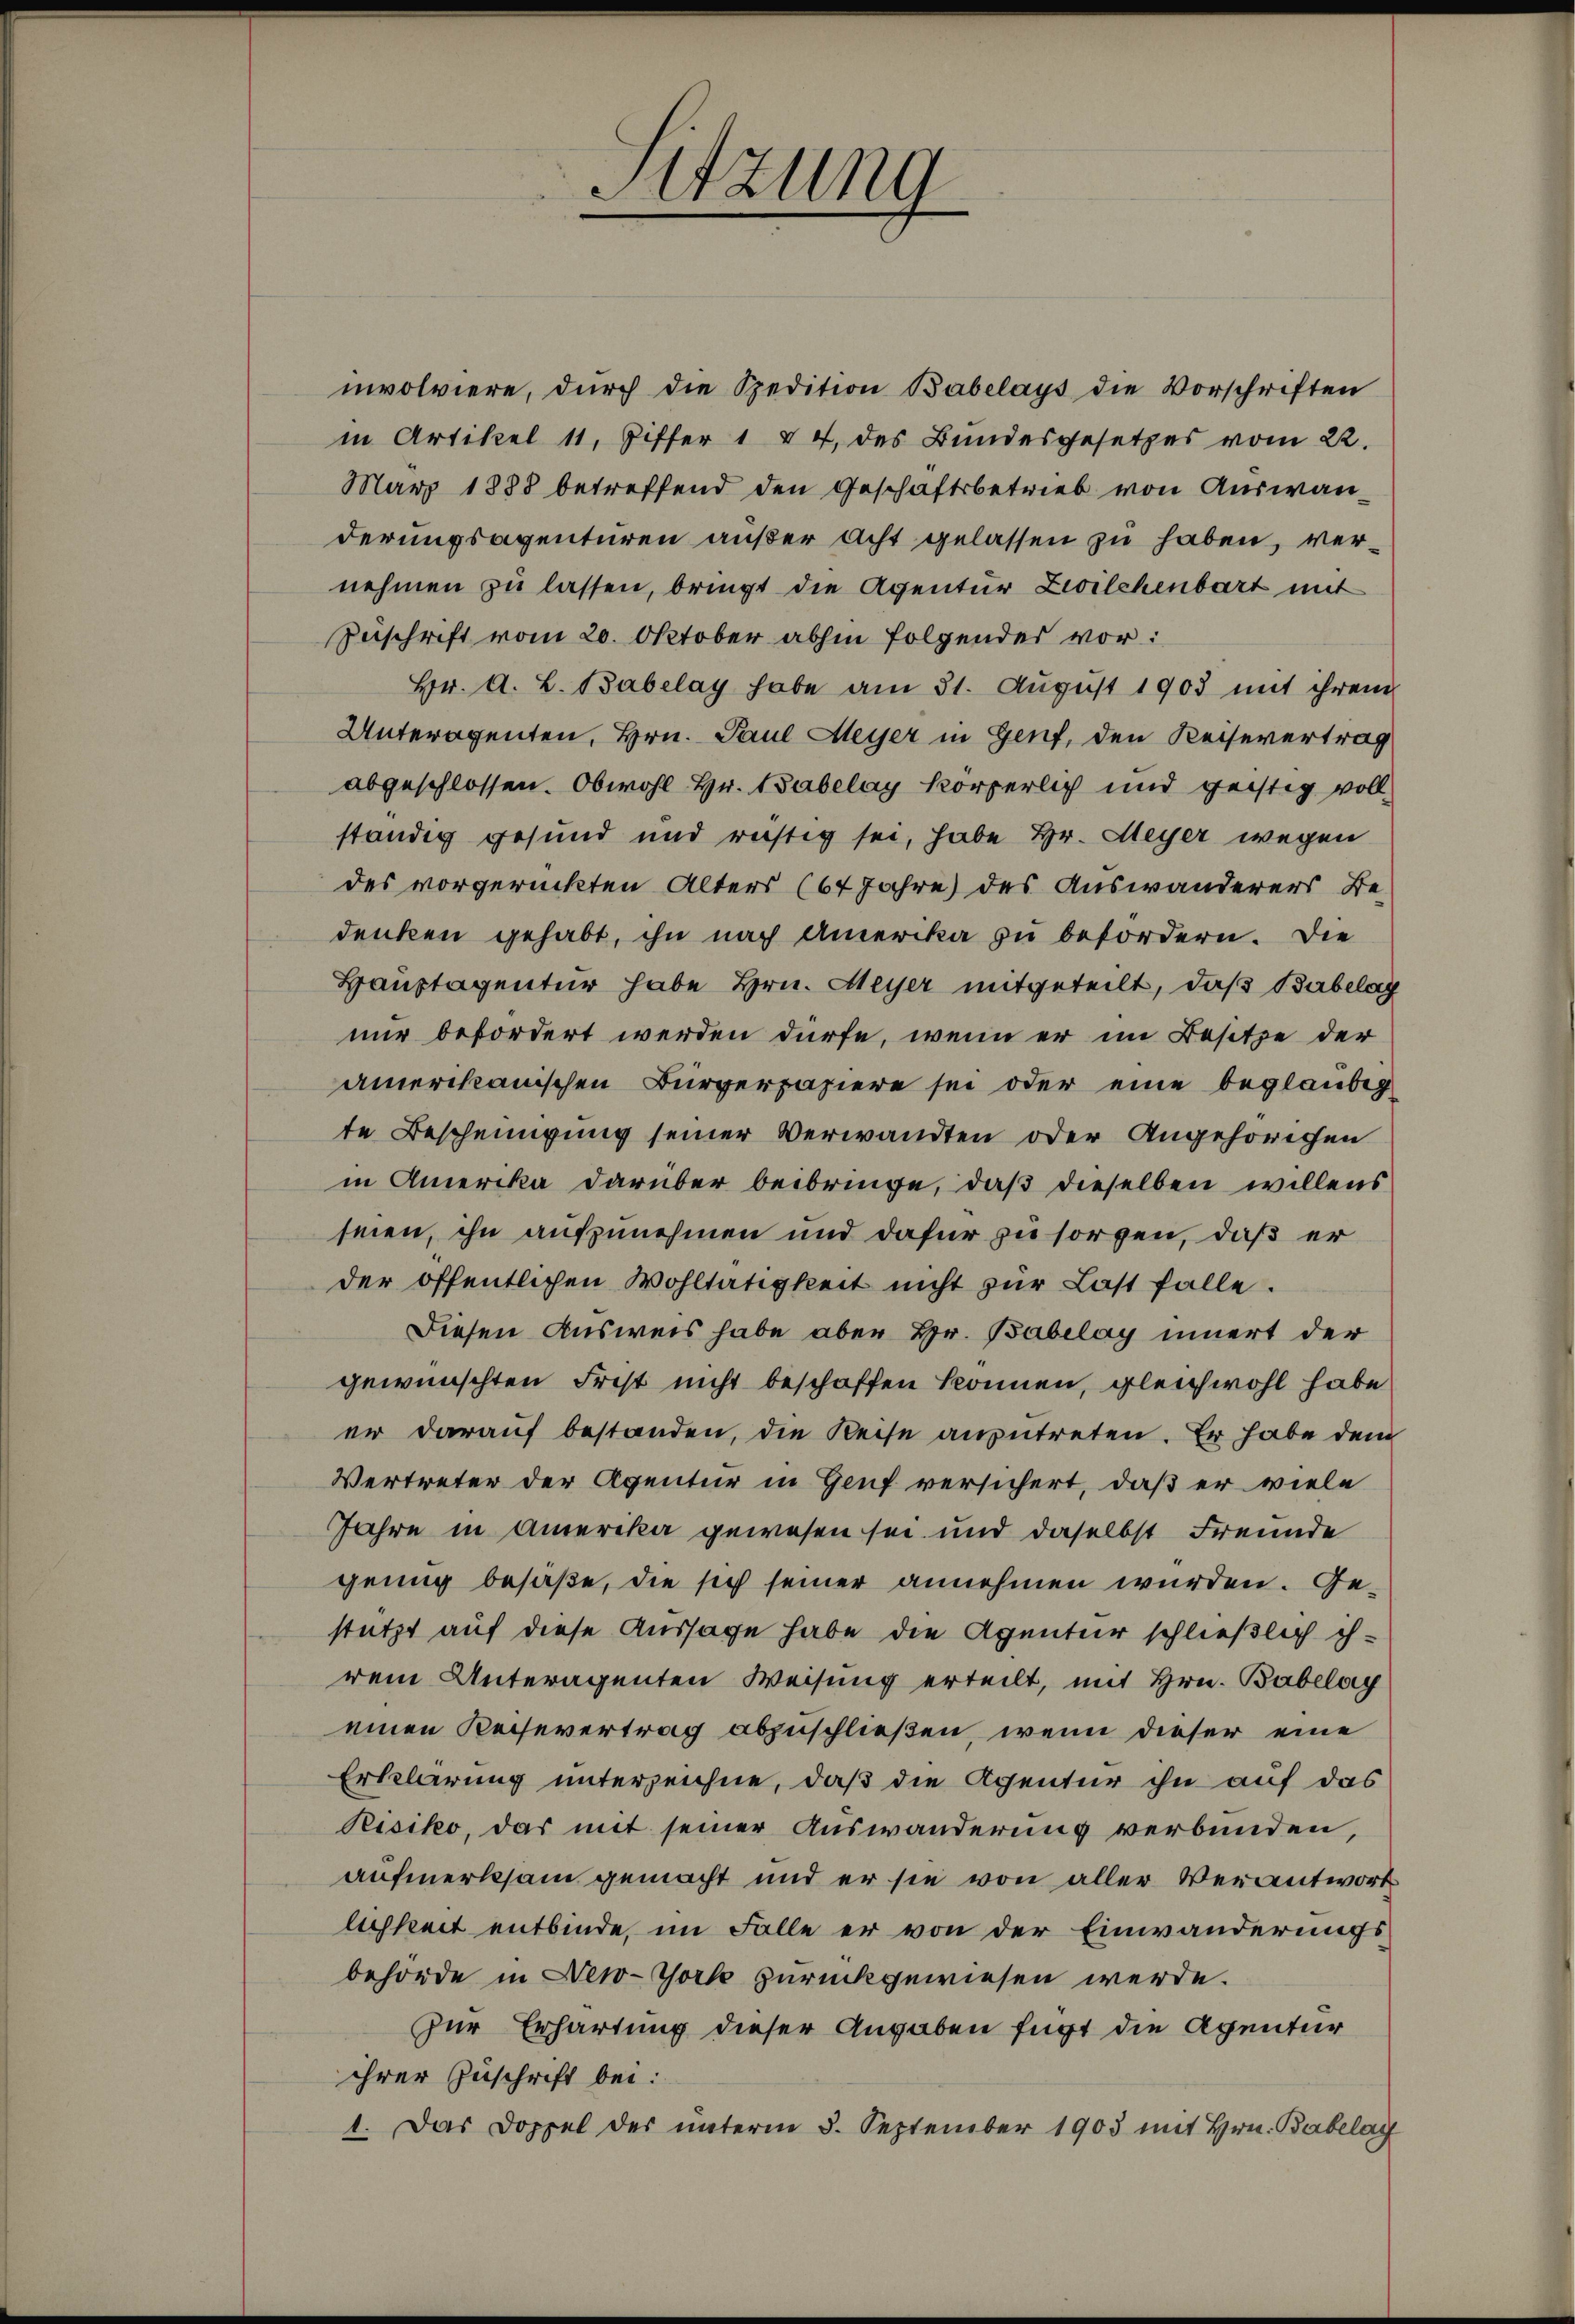
Sitzung

mvolviere, dŭrch die Spedition Babelays die Vorschriften
in Artikel 11, Ziffer 1 § 4, des Bundesgesetzes vom 22.
März 1888 betreffend den Geschäftsbetrieb von Auswanderungsagenturen außer Acht gelassen zu haben, vernehmen zu lassen, bringt die Agentur Zwilchenbart mit
Zuschrift vom 20. Oktober abhin folgendes vor:
Hr. A. L. Babelay habe am 31. Aŭgŭst 1903 mit ihrem
Unteragenten, Hrn. Paul Meyer in Genf, den Keisevertrag
abgeschlossen. Obwohl Hr. Babelay körperlich und geistig vollständig gesund und richtig sei, habe Hr. Meyer wegen
des vorgerückten Alters (67 Jahre) des Auswanderers Bedenken gehabt, ihn nach Amerika zu befördern. Die
Hauptagentur habe Hrn. Meyer mitgeteilt, daß Babelag
nur befördert werden dürfe, wenn er im Besitze der
amerikanischen Bürgerpapiere sei oder eine beglaubig
te Bescheinigung seiner Verwandten oder Angehörichen
in Amerika darüber beibringe, daß dieselben willens
seien, ihn aufzunehmen und dafür zu sorgen, daß er
der öffentlichen Wohltätigkeit nicht zŭr Last falle.
Diesen Ausweis habe aber Hr. Babelay innert der
gewünschten Frist nicht beschaffen können, gleichwohl habe
er darauf bestanden, die Reise anzutreten. Er habe dem
Vertreter der Agentur in Genf versichert, daß er viele
Jahre in Amerika gewesen sei und daselbst Freunde
genug besaße, die sich seiner annehmen würden. Gestützt auf diese Aussage habe die Agentur schließlich ih-
rem Unteragenten Weisung erteilt, mit Hrn. Babelay
einen Keisevertrag abzuschließen, wenn dieser eine
Erklärung unterzeichne, daß die Agentur ihn auf das
Risiko, das mit seiner Auswanderung verbunden,
aufmerksam gemacht und er sie von aller Verantwort
lichkeit entbinde, im Falle er von der Einwanderungsbehörde in New-York zurückgewiesen werde.
zur Erhärtung dieser Angaben fügt die Agentur
ihrer Zuschrift bei:
1. Das Doppel des unterm 8. September 1903 mit Hrn. Babelag